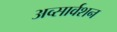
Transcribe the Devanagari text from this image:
अव्सार्वशन